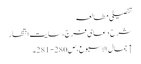
تفصیلی مطالعہ
شرح دعای فرج، سایت انتظار
↑ جمال الاسبوع، ص280- 281۔